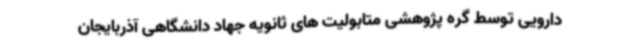
دارویی توسط گره پژوهشی متابولیت های ثانویه جهاد دانشگاهی آذربایجان